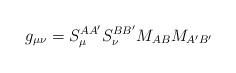
\begin{align*}g_{\mu \nu }{}=S_{\mu }^{AA^{\prime }}S_{\nu }^{BB^{\prime}}M_{AB}M_{A^{\prime }B^{\prime }} \end{align*}